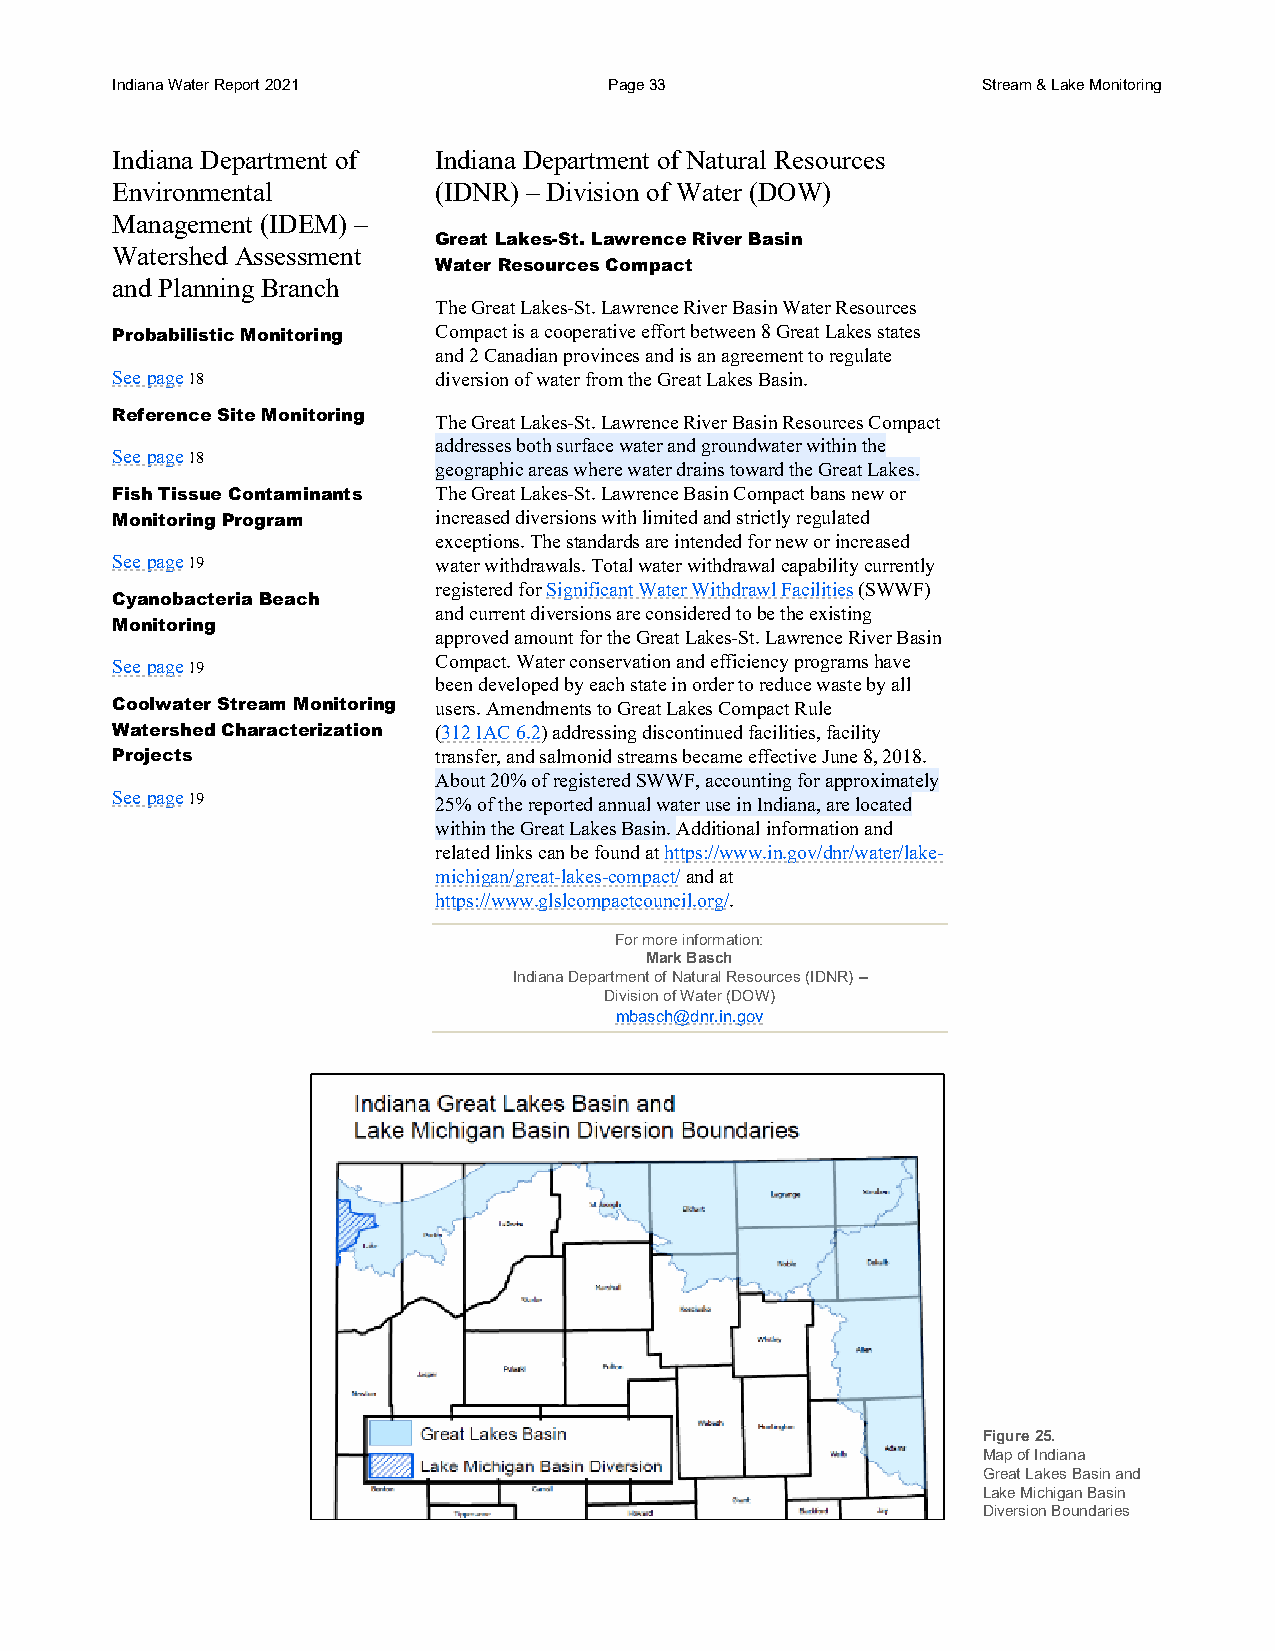
Indiana Water Report 2021        Page 33                  Stream & Lake Monitoring
 Indiana Department of Indiana Department of Natural Resources
 Environmental         (IDNR) – Division of Water (DOW)
 Management (IDEM) –
 Great Lakes-St. Lawrence River Basin
 Watershed Assessment
 Water Resources Compact
 and Planning Branch
 The Great Lakes-St. Lawrence River Basin Water Resources
 Probabilistic Monitoring Compact is a cooperative effort between 8 Great Lakes states
 and 2 Canadian provinces and is an agreement to regulate
 See page 18           diversion of water from the Great Lakes Basin.
 Reference Site Monitoring
 The Great Lakes-St. Lawrence River Basin Resources Compact
 addresses both surface water and groundwater within the
 See page 18
 geographic areas where water drains toward the Great Lakes.
 Fish Tissue Contaminants The Great Lakes-St. Lawrence Basin Compact bans new or
 Monitoring Program    increased diversions with limited and strictly regulated
 exceptions. The standards are intended for new or increased
 See page 19           water withdrawals. Total water withdrawal capability currently
 registered for Significant Water Withdrawl Facilities (SWWF)
 Cyanobacteria Beach
 and current diversions are considered to be the existing
 Monitoring
 approved amount for the Great Lakes-St. Lawrence River Basin
 See page 19           Compact. Water conservation and efficiency programs have
 been developed by each state in order to reduce waste by all
 Coolwater Stream Monitoring users. Amendments to Great Lakes Compact Rule
 Watershed Characterization (312 IAC 6.2) addressing discontinued facilities, facility
 Projects              transfer, and salmonid streams became effective June 8, 2018.
 About 20% of registered SWWF, accounting for approximately
 See page 19           25% of the reported annual water use in Indiana, are located
 within the Great Lakes Basin. Additional information and
 related links can be found at https://www.in.gov/dnr/water/lake-
 michigan/great-lakes-compact/ and at
 https://www.glslcompactcouncil.org/.
 For more information:
 Mark Basch
 Indiana Department of Natural Resources (IDNR) –
 Division of Water (DOW)
 mbasch@dnr.in.gov
 Figure 25.
 Map of Indiana
 Great Lakes Basin and
 Lake Michigan Basin
 Diversion Boundaries